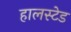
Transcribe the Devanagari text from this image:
हालस्टेड